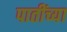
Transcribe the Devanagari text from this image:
पातींच्या